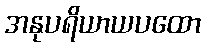
အနုပရိယာယပထော